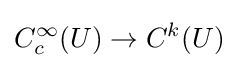
C_{c}^{\infty }(U)\to C^{k}(U)